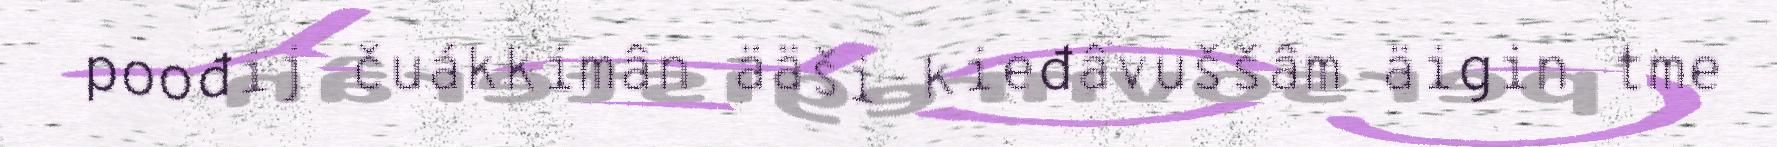
poođij čuákkimân ääši kieđâvuššâm äigin tme